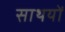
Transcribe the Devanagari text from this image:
साथयों